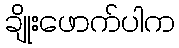
ချိုးဖောက်ပါက